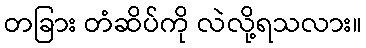
တခြား တံဆိပ်ကို လဲလို့ရသလား။